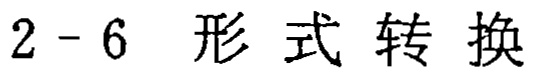
$2 - 6\ 形式转换$